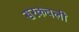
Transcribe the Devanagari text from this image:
सरकवली